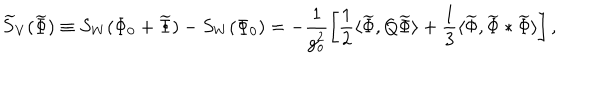
\widetilde { S } _ { V } ( \widetilde { \Phi } ) \equiv S _ { W } ( \Phi _ { 0 } + \widetilde { \Phi } ) - S _ { W } ( \Phi _ { 0 } ) = - \frac { 1 } { g _ { o } ^ { 2 } } \left[ \frac { 1 } { 2 } \langle \widetilde { \Phi } , Q \widetilde { \Phi } \rangle + \frac { 1 } { 3 } \langle \widetilde { \Phi } , \widetilde { \Phi } * \widetilde { \Phi } \rangle \right] ,